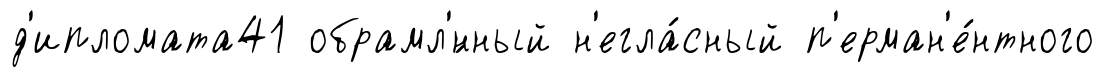
д'ипломата41 обрамл'́нный н'егла́сный п'ерман'е́нтного